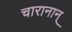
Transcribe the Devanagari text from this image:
चारानान्